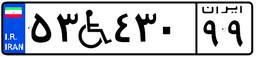
۵۳W۴۳۰۹۹